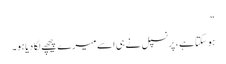
“
ہو سکتاہے ، پرنسپل نے ہی اسے میرے پیچھے لگا دیاہو۔